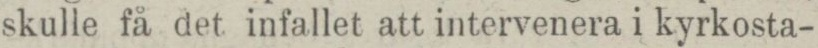
skulle få det infallet att intervenera i kyrkosta-